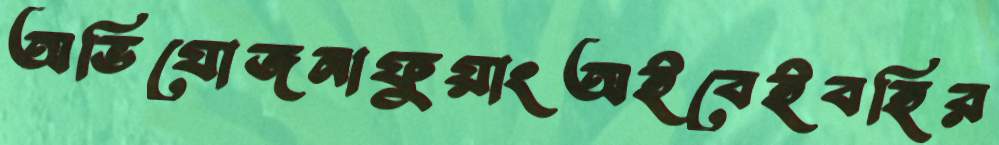
অভিযোজনাফুয়াংঅইবেইবহির